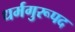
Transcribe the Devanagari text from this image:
धर्मगुरूपद